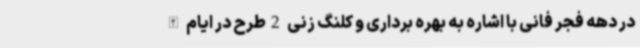
در دهه فجر فانی با اشاره به بهره برداری و کلنگ زنی 2طرح در ایام الله